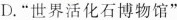
D.”世界活化石博物馆